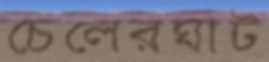
চেলেরঘাট